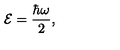
{ \cal E } = { \frac { \hbar \omega } { 2 } } ,